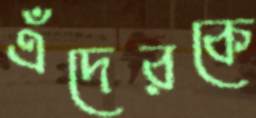
এঁদেরকে